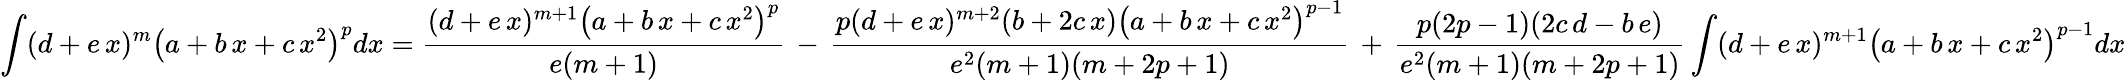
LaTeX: \int(d+e\, x)^{m}\left(a+b\, x+c\, x^{2}\right)^{p}dx={\frac{(d+e\, x)^{m+1}\left(a+b\, x+c\, x^{2}\right)^{p}}{e(m+1)}}\, -\, {\frac{p(d+e\, x)^{m+2}(b+2c\, x)\left(a+b\, x+c\, x^{2}\right)^{p-1}}{e^{2}(m+1)(m+2p+1)}}\, +\, {\frac{p(2p-1)(2c\, d-b\, e)}{e^{2}(m+1)(m+2p+1)}}\int(d+e\, x)^{m+1}\left(a+b\, x+c\, x^{2}\right)^{p-1}dx